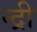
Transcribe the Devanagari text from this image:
न्द्री